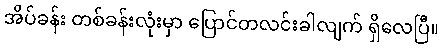
အိပ်ခန်း တစ်ခန်းလုံးမှာ ပြောင်တလင်းခါလျက် ရှိလေပြီ။